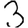
Digit: 3